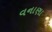
વનાણા